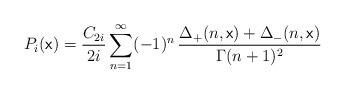
LaTeX: \begin{align*}P_i({ \mathrm{\mathsf{x}}})=\frac{C_{2i}}{2i}\sum_{n=1}^\infty(-1)^{n}\,\frac{\Delta_+(n,{ \mathrm{\mathsf{x}}})+\Delta_-(n,{ \mathrm{\mathsf{x}}})}{\Gamma(n+1)^2}\end{align*}